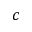
c